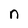
Character: n